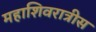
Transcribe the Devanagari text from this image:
महाशिवरात्रीस